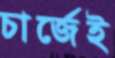
চার্জেই